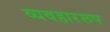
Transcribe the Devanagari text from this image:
व्यवहाररूप